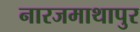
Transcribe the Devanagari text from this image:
नारजमाथापुर